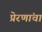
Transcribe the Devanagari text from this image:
प्रेरणांचा